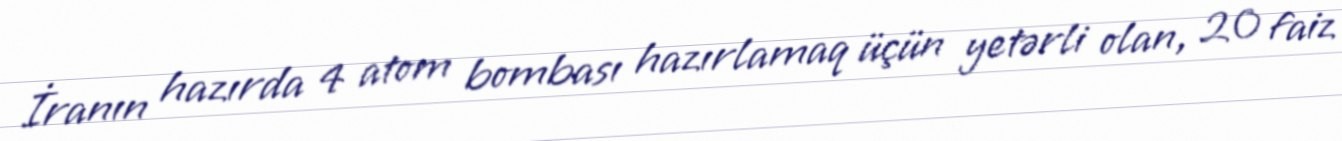
İranın hazırda 4 atom bombası hazırlamaq üçün yetərli olan, 20 faiz